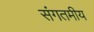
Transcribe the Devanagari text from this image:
संगतमीय